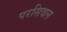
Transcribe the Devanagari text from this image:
परसिवल